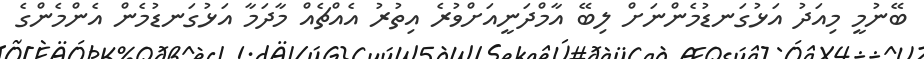
ބޭނުމީ މިއަދު އަޅުގަނޑުމެންނަށް ލިބޭ އާމްދަނީއަށްވުރެ އިތުރު އެއްޗެއް މާދަމާ އަޅުގަނޑުމެން އެންމެންގެ